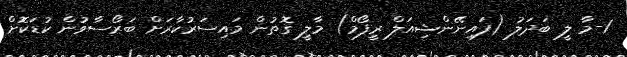
1-މާ ލީ ބަދަލު (ފައިނޭންޝިއަލް ރީފޯމް) މާލީ ގޮތުން މައިސަރުކާރަށް ބަރޯސާވުން ކުޑަކޮށް